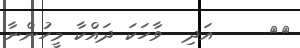
٤٥     އަދި  ވާހަކަ ދައްކާ މީހުންނާ